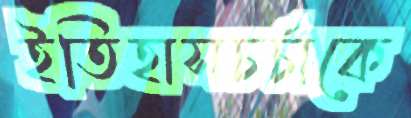
ইতিহাসচর্চাকে